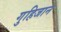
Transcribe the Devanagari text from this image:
गुहिजान